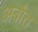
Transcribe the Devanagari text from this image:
अबौत्त